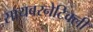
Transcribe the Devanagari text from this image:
सायबरनेटिक्ली